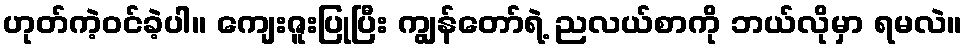
ဟုတ်ကဲ့ဝင်ခဲ့ပါ။ ကျေးဇူးပြုပြီး ကျွန်တော်ရဲ့ ညလယ်စာကို ဘယ်လိုမှာ ရမလဲ။